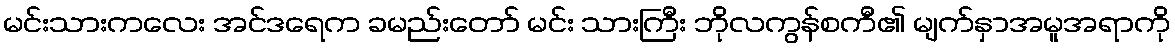
မင်းသားကလေး အင်ဒရေက ခမည်းတော် မင်း သားကြီး ဘိုလကွန်စကီ၏ မျက်နှာအမူအရာကို